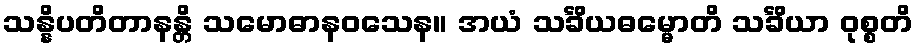
သန္နိပတိတာနန္တိ သမောဓာနဝသေန။ အယံ သင်္ခိယဓမ္မောတိ သင်္ခိယာ ဝုစ္စတိ